Medical and sanitary report on the native army of Bombay for the year
Year: 1879
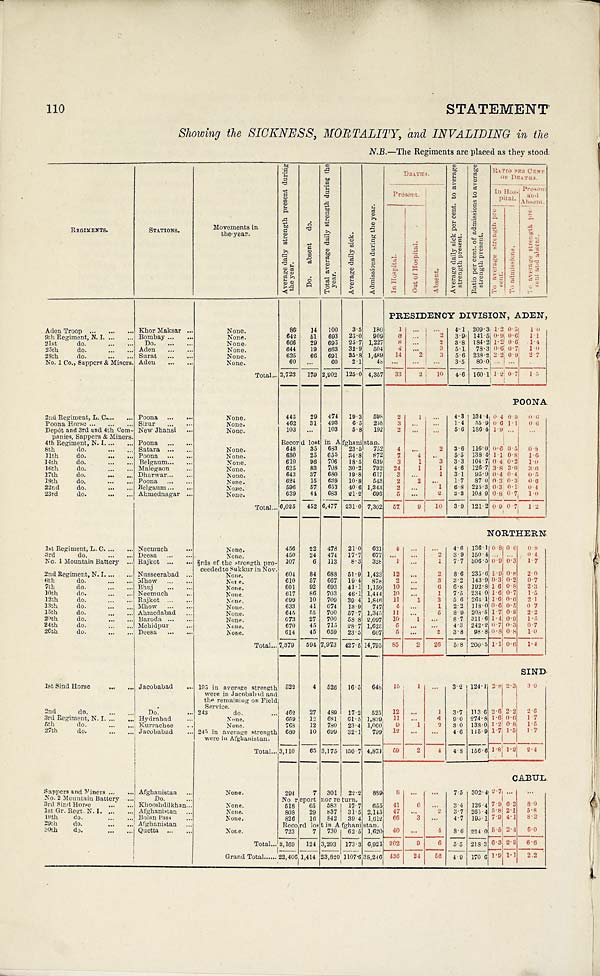
110
STATEMENT
Showing the SICKNESS, MORTALITY, and INVALIDING in the
N.B.—The Regiments are placed as they stood.
REGIMENTS.
STATIONS.
Movements in
the year.
A v e r a g e d a i l y s t r e n g t h p r e s e n t d u r i n g
t h e y e a r .
D o . a b s e n t d o .
T o t a l a v e r a g e d a i l y s t r e n g t h d u r i n g t h e
year.
A v e r a g e d a i l y s i c k .
A d m i s s i o n s d u r i n g t h e y e a r .
DEATHS.
A v e r a g e d a i l y s i c k p e r c e n t . t o a v e r a g e
s t r e n g t h p r e s e n t . R a t i o p e r c e n t . o f a d m i s s i o n s t o a v e r a g e
s t r e n g t h p r e s e n t .
R A T I O
P E R C E N T .
OF DEATHS.
Present.
A b s e n t .
I n H o s -
pital.
P r e s e n t
a n d
Absent .
I n H o s p i t a l .
O u t H o s p i t a l .
T o a v e r a g e s t r e n g t h p r e -
s e n t .
T o a d m i s s i o n s .
T o a v e r a g e s t r e n g t h p r e -
s e n t a n d a b s e n t .
PRESIDENCY DIVISION, ADEN,
Aden Troop ...
. . .
... Khor Maksar . . .
None.
86 14 100 3.5 180 1 ...
. . . 4.1 209.3 1.2 0.5 1 . 0
9th Regiment, N. I.
. . .
... Bombay
. . ....
None.
642 51 693 25.0 909
6 ...
2 3.9 141.5 0.9 0.6 1 . 1
21st do.
. . . . . .
Do.
. . . . . .
None.
666 29 695 25.7 1,227
8 ...
2 3.8 184.2 1.2 0.6
1 . 4
25th do.
. . .
... Aden
. . .
...
None.
644 19 663 32.9 504 4 ...
3 5.1 78.3 0.6 0.7 1 . 0
28th do.
. . .... Surat
. . .
...
None.
625 66 691 35.8 1,489 14
2
3 5.6 238.2 2 . 2 0.9 2.7
No. 1 Co., Sappers & Miners. Aden
. . ....
None.
6 0 ...
60 2.1 48 ... ... ... 3.5 80.0 . . . ...
. . .
Total . . . 2,723 179 2,902 125.0 4,357 33
2 10 4.6 160.1 1.2 0.7 1.5
POONA
2nd Regiment, L. C.
. . .
... Poona
. . .
...
None.
445 29 474 19.3
5 9 8 2
1 ... 4.3 134.4 0.4 0.3 0 . 6
Poona Horse ...
. . .
... Sirur
. . . . . .
None.
462 31 493 6.5 258 3 ... ...
1. 4 55.9 0.6 1.1 0 . 6
Depôt and 3rd and 4th Com-
panies, Sappers & Miners.
New Jhansi
. . .
None.
103 ... 103 5.8 192
2 . . .
. . . 5.6 186.4 1.9 ... ...
4th Regiment, N. I.
. . .
... Poona
. . ....
Record lost in Afghanistan.
8th do.
. . .
... Satara
. . ....
None.
648 35 683 23.5 752 4
. . . 2 3.6 116.0 0.6 0.5 0.8
11th do.
. . . . . . Poona
. . .
...
None.
630 25 655 34.8 872
7 4 ... 5.5 138.4 1.1 0.8 1.6
14th do.
. . .... Belgaum
. . ....
None.
610 96 706 18.5 639 3
1
3 3.3 104.7 0.4 0.2 1.0
16th do.
. . .
... Malegaon
. . .
None.
625 83 708 30.2 792 24
1
1 4.6 126.7 3.8 3.0 3.6
17th do.
. . .... Dharwar
. . .
...
None.
643 37 680 19.8 617 3 ...
1 3.1 95.9 0.4 0.4 0.5
18th do.
. . .... Poona
. . .
...
None.
624 15 639 10.8 543 2
2 ... 1.7 87 0 0.3 0.3 0 . 6
22nd do.
. . .
... Belgaum
. . ....
None.
596 57 653 40.6 1,343 2 ...
1 6.8 225.3 0.3 0.1 0.4
23rd. do.
. . .... Ahmednagar . . .
None.
639 44 683 21.2 696 5 ...
2 3.3 108.9 0.8 0.7 1. 0
Total . . . 6,025 452 6,477 231.0 7,302 57
9 10 3.9 121.2 0.9 0.7 1 . 2
NORTHERN
1st Regiment, L. C.
. . .
... Neemuch
. . .
None.
456 22 478 21.0 621 4 ...
. . . 4.6 136.1 0.8 0.6 0.8
3rd do.
. . .
... Deesa
. . .
...
None.
450 24 474 17.7 677 ... . . .
2 3.9 150.4 ... ... 0.4
No. 1 Mountain Battery ... Rajkot
. . .
... ⅔rds of the strength pro-
ceeded to Sukkur in Nov.
107
6 113 8.3 328 1 . . .
1 7.7 306.5 0.9 0.3 1.7
2nd Regiment, N. I. ... ... Nusseerabad . . .
None.
604 84 688 51.9 1,423 12
. . . 2 8.6 235.6 1 . 90.8 2 . 0
6 t h d o . . . . ... Mhow
. . .
...
None.
610 57 667 19.4 878 2 ...
3 3.2 143.9 0 . 3
0.2
0 . 7
7th do.
. . . ... Bhuj
. . . . . .
None.
601 92 693 41.1 1,159 10 ...
6 6.8 192.8 1.6 0.8 2.3
l0th do.
... ... Neemuch
. . .
None.
617 86 703 46.1 1,444 10 ...
1 7.5 234.0 1.6 0.7 1.5
12th do.
. . . ... Rajkot
. . .
...
None.
699 10 709 39.4 1,846 11
1 3 5.6 264.1 1.6 0.6 2.1
13th do.
. . . ... Mhow
. . . . . .
None.
633 41 674 13.9 747 4 . . .
1 2.2 118.0 0.6 0.5 0.7
15th do.
...
. . . Ahmedabad
. . .
None.
645 55 700 57.7 1,345 11 ...
5 8.9 208.5 1.7 0.8 2.2
20th do.
... ... Baroda
. . .
...
None.
673 27 700 58.8 2,097 10
1 . . .
8.7 311.6 1.4 0.9 1.5
24th do.
. . . ... Mehidpur
...
None.
670 45 715 28.7 1,623
5
. . . . . .
4.3 242.2 0.7 0.3 0.7
26th do.
... ... Deesa
. . . . . .
None.
614 45 659 23.5 607 5 . . .
2 3.8 98.8 0.8 0.8 1.0
Total . . . 7,379 594 7,973 427.5 14,795 85
2 26 5.8 200.5 1.1 0.6 1.4
SIND
1st Sind Horse
. . .
... Jacobabad ... 195 in average strength
were in Jacobabad and
the remaining on Field
Service.
522
4 526 16.5 648 15
1
. . .
3.2 124.1 2.8 2.3 3.0
2nd do.
. . . . . . Do.
... 243 do.
. . . 462 27 489 17.2 525 12 ...
1 3.7 113.6 2.6 2.2
2 . 6
3rd Regiment, N. I. ... ... Hydrabad ...
None.
669 12 681 61.5 1,839 11 . . .
1 9.0 274.8 1.6 0.6
1 . 7
5th do.
... ... Kurrachee
. . .
None.
768 12 780 23.4 1,060 9 1
2 3.0 138.0 1 . 2 0.8 1 . 5
27th do.
...
. . . Jacobabad ... 245 in average strength
were in Afghanistan.
689 10 699 32.1 799 12 ...
. . . 4.6 115.9 1.7 1.5 1.7
Total . . .
3 , 1 1 0 65 3,175 150.7 4,871 59
2
4 4.8 156.6 1.8 1.2 2.4
CABUL
Sappers and Miners ... ... Afghanistan ...
None.
294
7 301 22.2 889 8 ... ... 7.5 302.4 2.7 ...
. . .
No. 2 Mountain Battery ...
Do.
. . .
None. No report nor re turn.
3rd Sind Horse
...
. . . Khooshdilkhan . . .
None.
518 65 583 17.7 655 41
6 ... 3.4 126.4 7.9 6.2 8.0
lst Gr. Regt. N. I. ... ... Afghanistan . . .
None.
808 29 837 31.5 2,145 47 . . .
2 3.7 265.4 5.8 2.1 5.8
19th do.
...
. . . Bolan Pass
. . .
None.
826 16 842 39.4 1,612 66
3 ... 4.7 195.1 7.9 4.1 8.2
29th do.
. . .
... Afghanistan . . .
None. Record lost in Afghanistan.
30th do.
... ... Quetta
. . ....
None.
723
7 730 62.5 1,620 40 ...
4 8.6 224.0 5.5 2.4 6.0
Total . . .
3 , 1 6 9
124 3,293 173.3 6,921 202 9
6 5.5 218.3 6.3 2.9 6.6
Grand Total ... . . . 22,406 1,414 23,820 1107.6 38,246 436 24
5 6 4.9 1 7 0 . 6
1 . 9 1 . 1
2 . 2